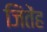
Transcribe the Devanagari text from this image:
जिंतेंह